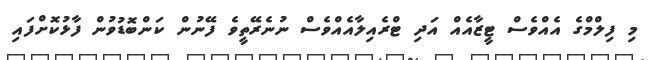
މި ފިލްމްގެ އެއްވެސް ޓީޒާއެއް އަދި ޓްރެއިލާއެއްވެސް ނުނެރޭތީވެ ފޭނުން ކަންބޮޑުވުން ފާޅުކޮށްފައި